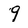
Character: 9